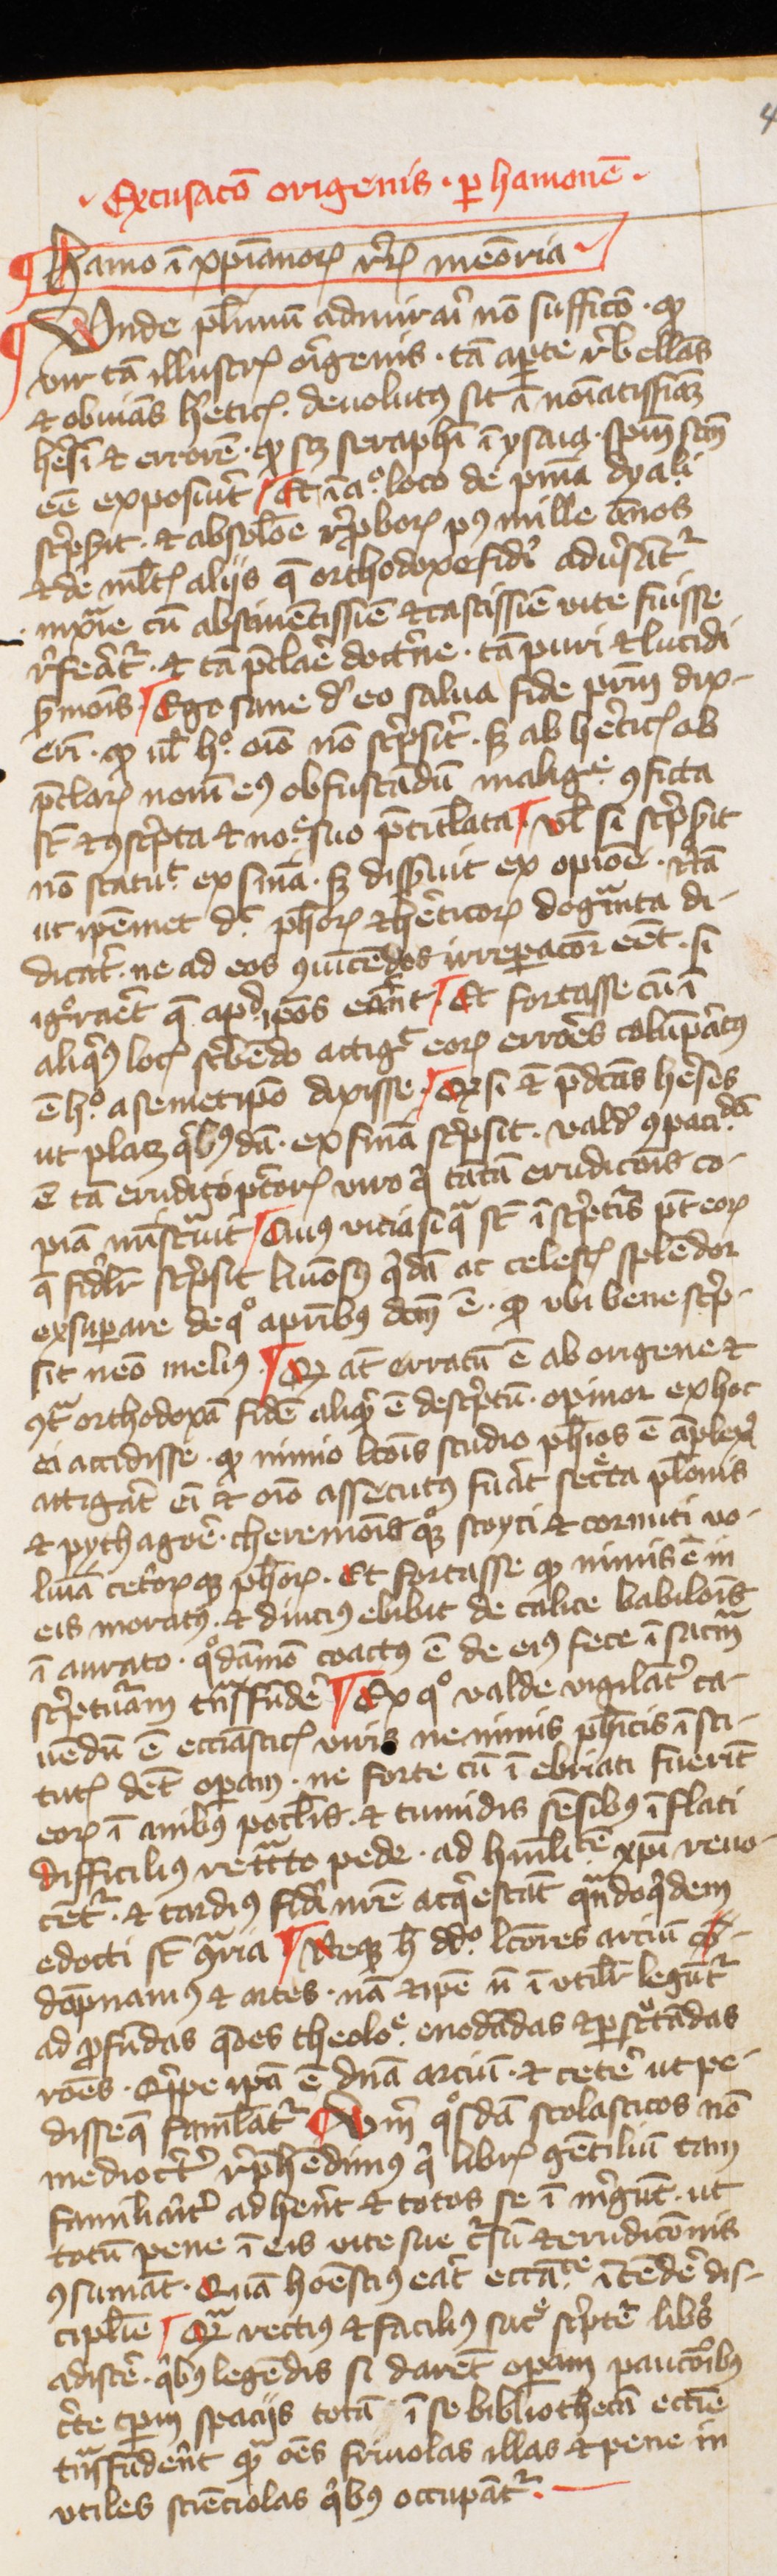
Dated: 1400–1424